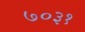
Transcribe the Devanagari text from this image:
७०३१